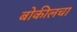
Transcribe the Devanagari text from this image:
बोकीलचा